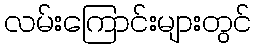
လမ်းကြောင်းများတွင်